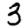
Digit: 3